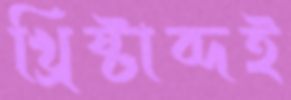
খ্রিষ্টাব্দই